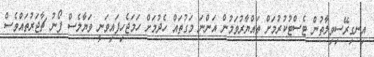
އިނގިރޭސިވިލާތުން ޓެސްޓުކުރުމަށް ތައްޔާރުވަމުން އަންނަ މަގުތައް ހެދުމަށް ހަމަޖެހިފައިވަނީ ވަޔާލެސް ފޯނު ޗާޖަރުތައްވެސް